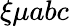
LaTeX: \xi\mu abc